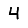
Digit: 4